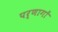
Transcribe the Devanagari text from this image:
पर्णागों